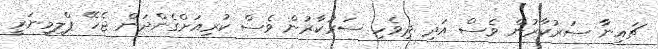
ޗައިނާ ސަރުކާރުން ވެސް އަދި ދިވެހި ސަރުކާރުން ވެސް ކުރިއަށްގެންދަން ޖެހޭ ޕްލިމިނަރީ